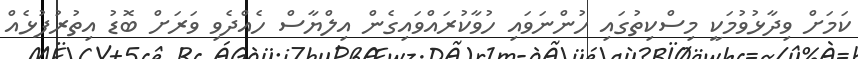
ކަމަށް ވިދާޅުވުމަކީ މިސްކިތުގައި ހުންނަވައި ހުވާކުރައްވައިގެން އިލްޔާސް ހެއްދެވި ވަރަށް ބޮޑު އިތުރުފުޅެއް